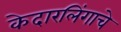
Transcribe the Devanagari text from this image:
केदारलिंगाचे